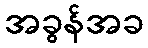
အခွန်အခ